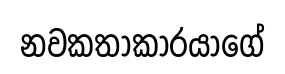
නවකතාකාරයාගේ